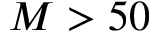
M > 5 0